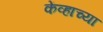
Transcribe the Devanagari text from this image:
केंव्हाच्या